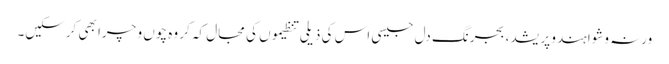
ورنہ وشوا ہندو پریشد، بجرنگ دل جیسی اس کی ذیلی تنظیموں کی مجال کہ کر وہ چوں و چرا بھی کرسکیں۔